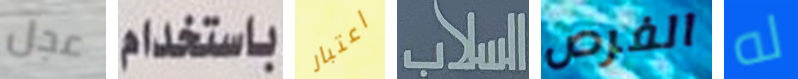
عجل باستخدام اعتبار السلاب الفرص له